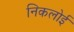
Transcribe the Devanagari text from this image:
निकलोई